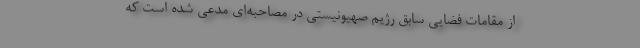
از مقامات فضایی سابق رژیم صهیونیستی در مصاحبه‌ای مدعی شده است که